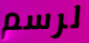
لرسم